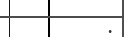
: